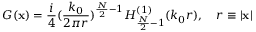
G ( \mathbf { x } ) = \frac { i } { 4 } ( \frac { k _ { 0 } } { 2 \pi r } ) ^ { \frac { N } { 2 } - 1 } H _ { \frac { N } { 2 } - 1 } ^ { ( 1 ) } ( k _ { 0 } r ) , \quad r \equiv | \mathbf { x } |